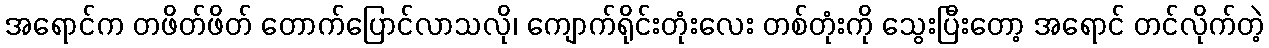
အရောင်က တဖိတ်ဖိတ် တောက်ပြောင်လာသလို၊ ကျောက်ရိုင်းတုံးလေး တစ်တုံးကို သွေးပြီးတော့ အရောင် တင်လိုက်တဲ့